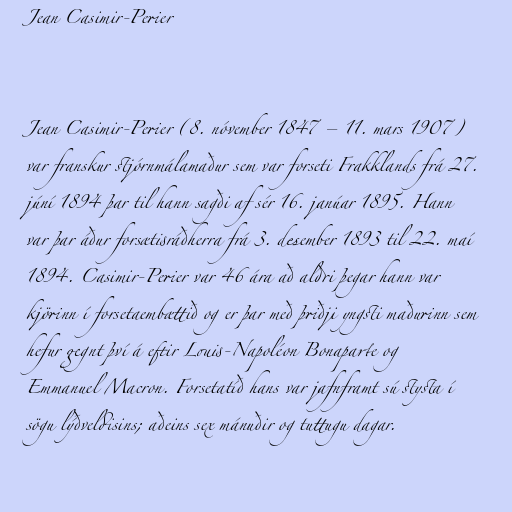
Jean Casimir-Perier

Jean Casimir-Perier (8. nóvember 1847 – 11. mars 1907)
var franskur stjórnmálamaður sem var forseti Frakklands frá 27.
júní 1894 þar til hann sagði af sér 16. janúar 1895. Hann
var þar áður forsætisráðherra frá 3. desember 1893 til 22. maí
1894. Casimir-Perier var 46 ára að aldri þegar hann var
kjörinn í forsetaembættið og er þar með þriðji yngsti maðurinn sem
hefur gegnt því á eftir Louis-Napoléon Bonaparte og
Emmanuel Macron. Forsetatíð hans var jafnframt sú stysta í
sögu lýðveldisins; aðeins sex mánuðir og tuttugu dagar.